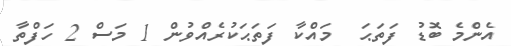
އެންމެ ބޮޑު ފަތަޙަ  މައްކާ ފަތަޙަކުރެއްވުން 1 މަސް 2 ހަފްތާ